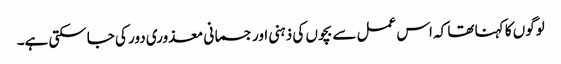
لوگوں کا کہنا تھا کہ اس عمل سے بچوں کی ذہنی اور جسمانی معذوری دور کی جاسکتی ہے۔